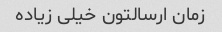
زمان ارسالتون خیلی زیاده